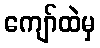
ကျော်ထဲမှ